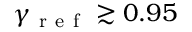
\gamma _ { \mathrm { ~ r ~ e ~ f ~ } } \gtrsim 0 . 9 5